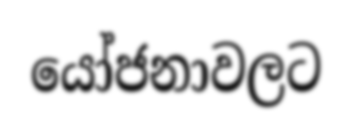
යෝජනාවලට